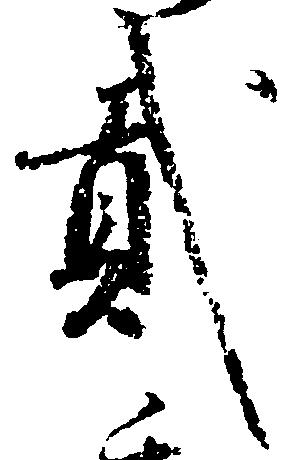
弐